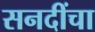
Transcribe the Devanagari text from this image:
सनदींचा